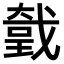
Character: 𢧤